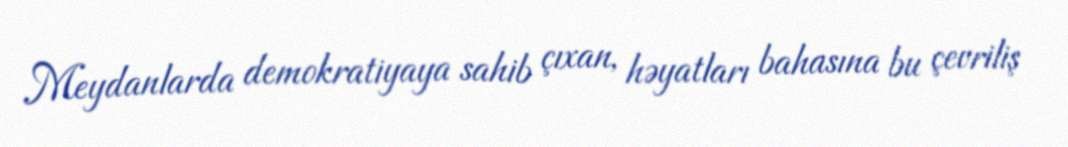
Meydanlarda demokratiyaya sahib çıxan, həyatları bahasına bu çevriliş